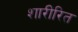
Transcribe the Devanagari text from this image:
शारीरित